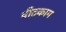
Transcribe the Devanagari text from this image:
वीटकाम